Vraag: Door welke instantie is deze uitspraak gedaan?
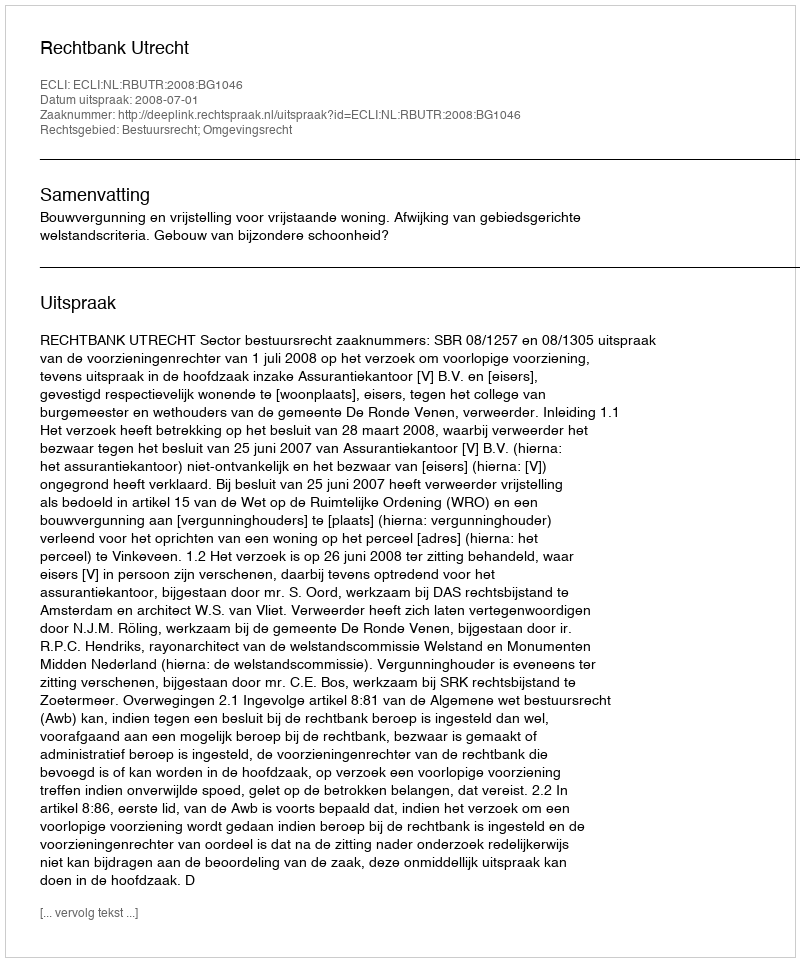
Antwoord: Rechtbank Utrecht